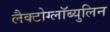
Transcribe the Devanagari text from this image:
लैक्टोग्लॉब्युलिन